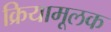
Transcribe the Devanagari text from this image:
क्रियामूलक